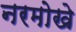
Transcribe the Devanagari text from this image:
नरमोखे